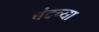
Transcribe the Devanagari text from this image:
चंदच्या